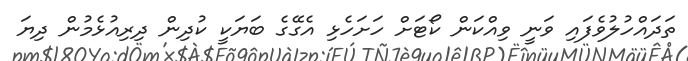
ތަދައްހުލުވެފައި ވަނީ ވިއްކަން ކޯޓަށް ހަށަހެޅި އެގޭގެ ބަޔަކީ ކުދިން ދިރިއުޅެމުން ދިޔަ